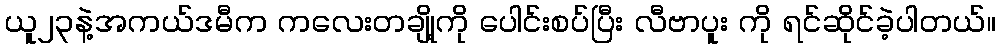
ယူ၂၃နဲ့အကယ်ဒမီက ကလေးတချို့ကို ပေါင်းစပ်ပြီး လီဗာပူး ကို ရင်ဆိုင်ခဲ့ပါတယ်။